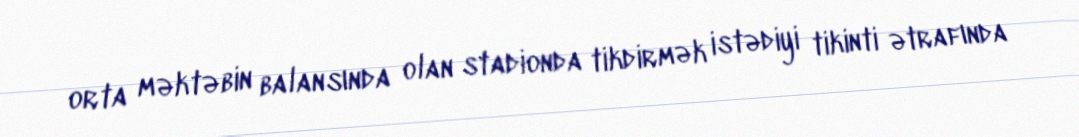
orta məktəbin balansında olan stadionda tikdirmək istədiyi tikinti ətrafında